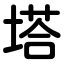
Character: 塔